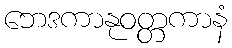
ဘေဒကာနုဝတ္တကာနံ